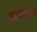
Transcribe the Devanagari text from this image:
सार्दिनियाचा